DOW-UAP-D48, Department of the Air Force Report, 1996
Agency: Department of War
Incident date: 9/10/96
Page 113
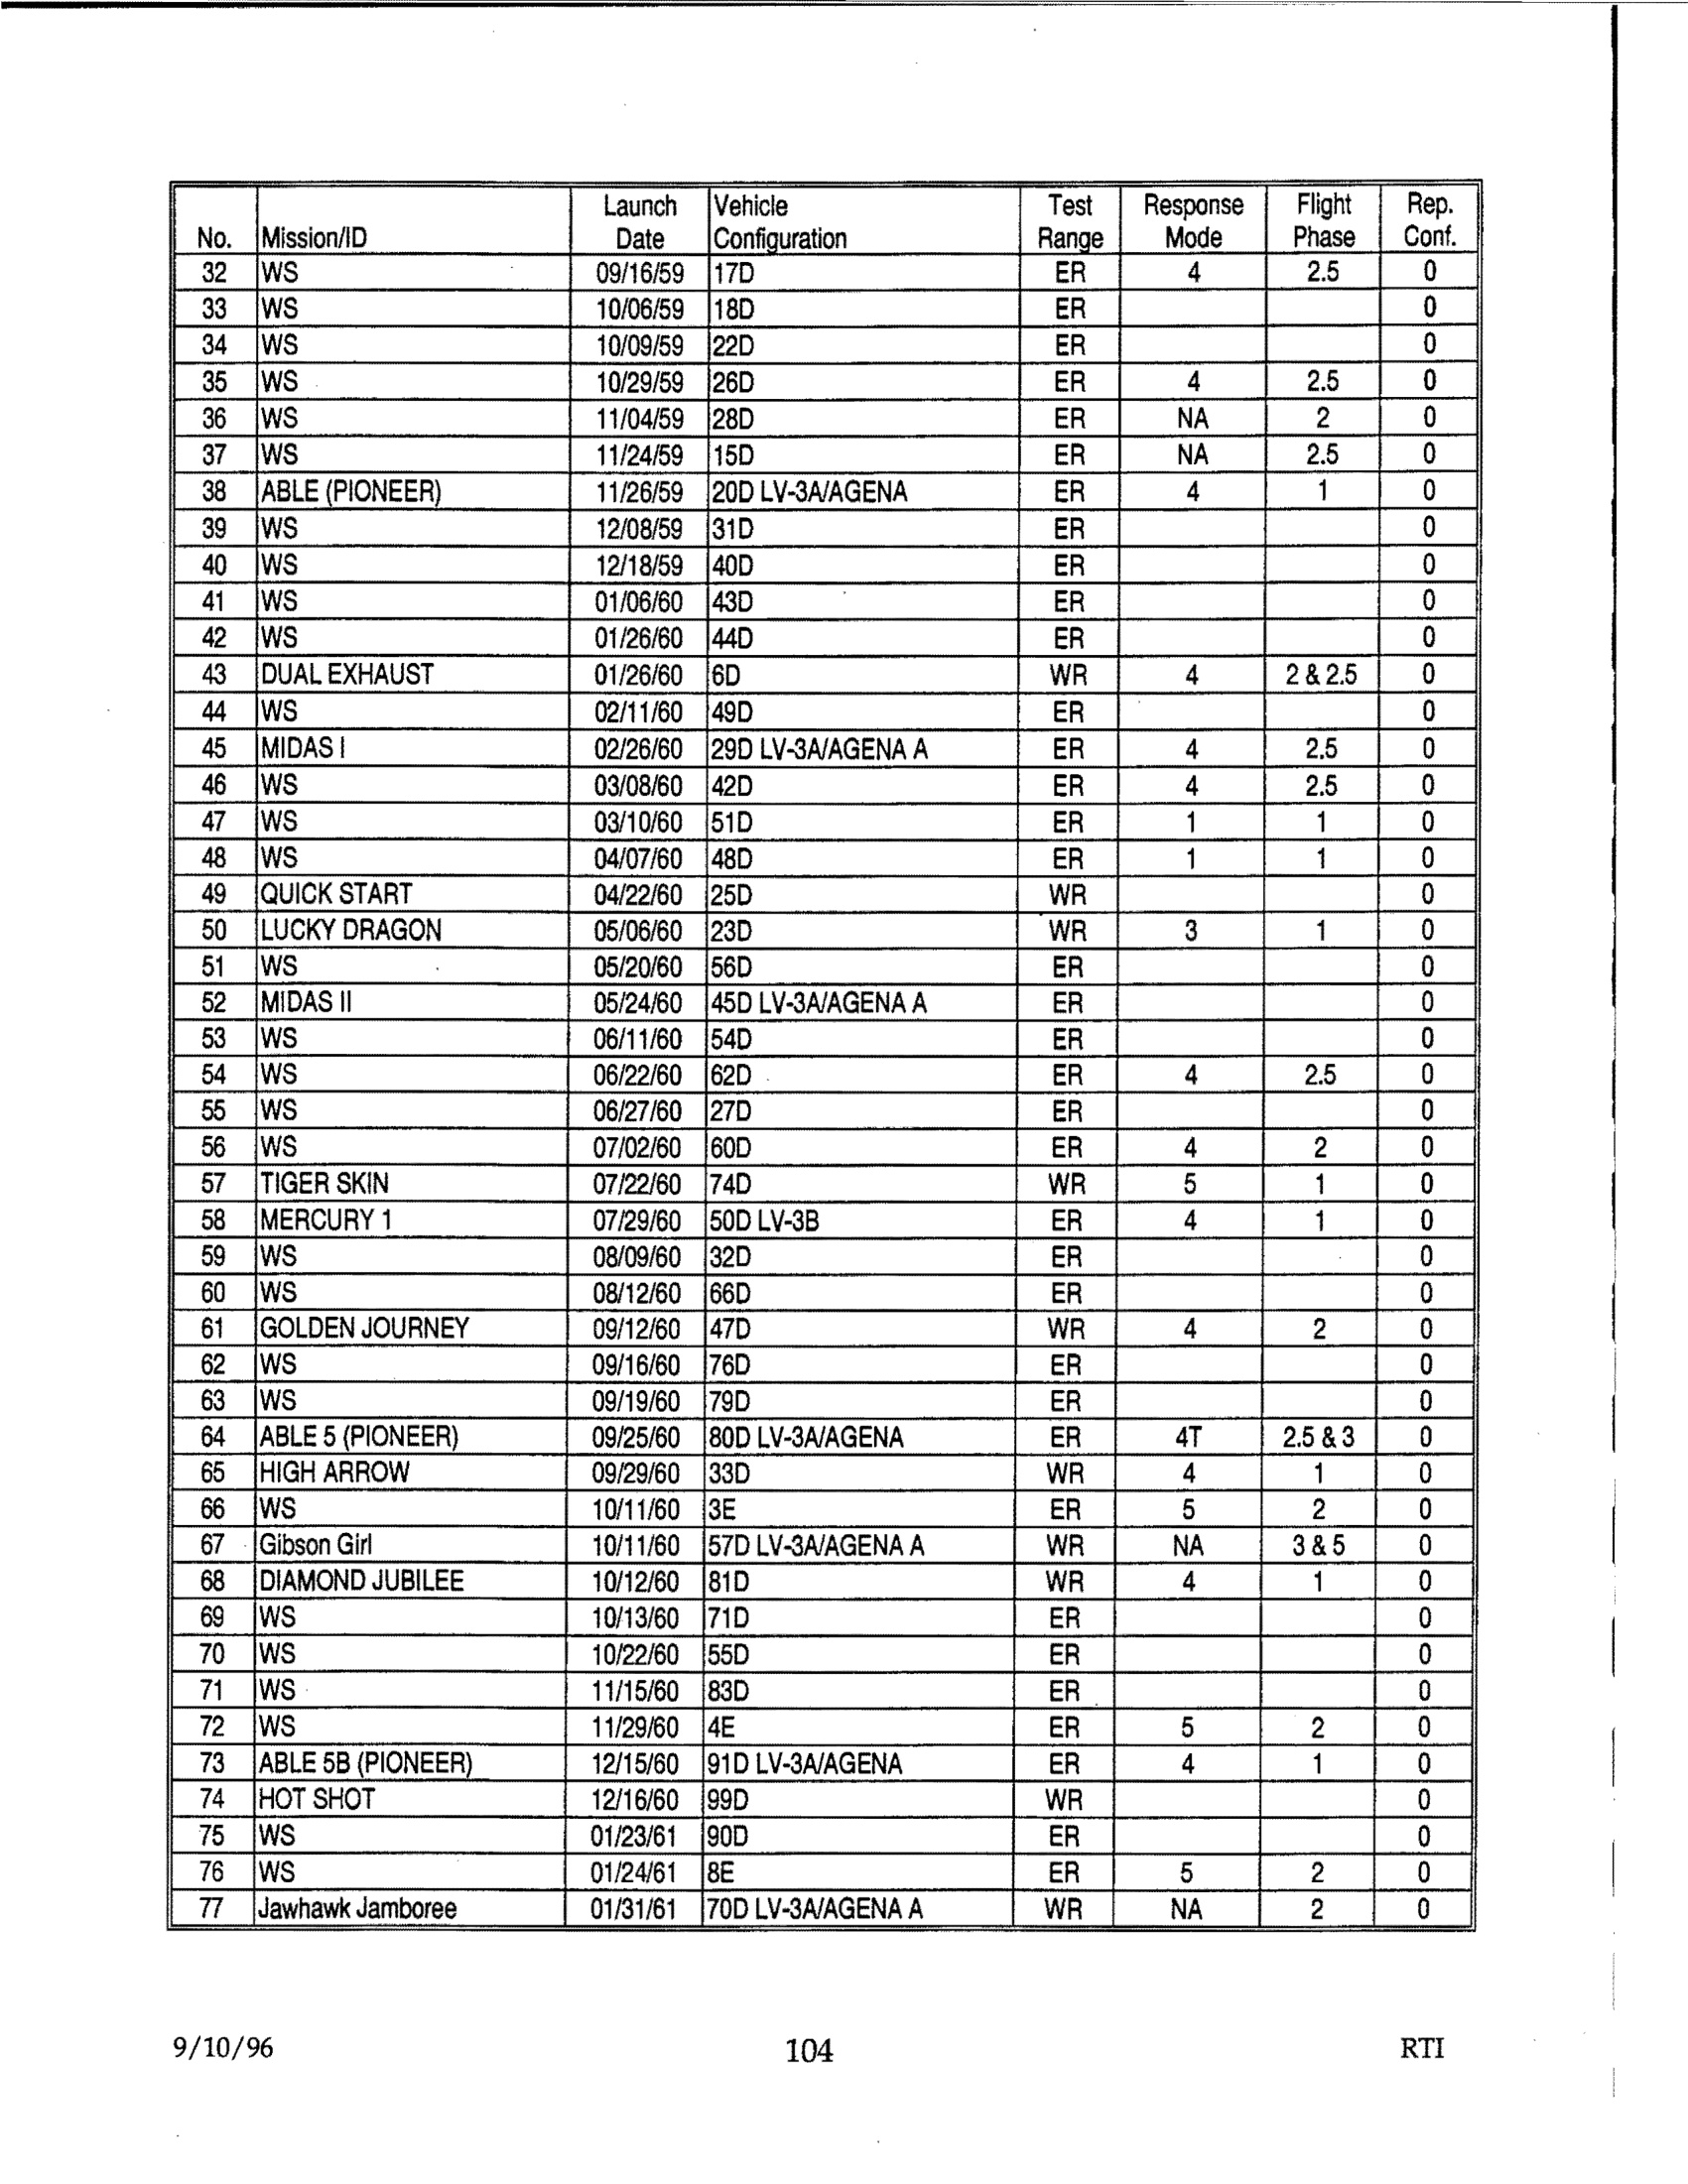